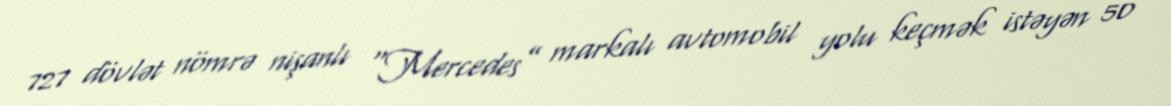
727 dövlət nömrə nişanlı “Mercedes” markalı avtomobil yolu keçmək istəyən 50